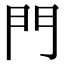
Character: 門